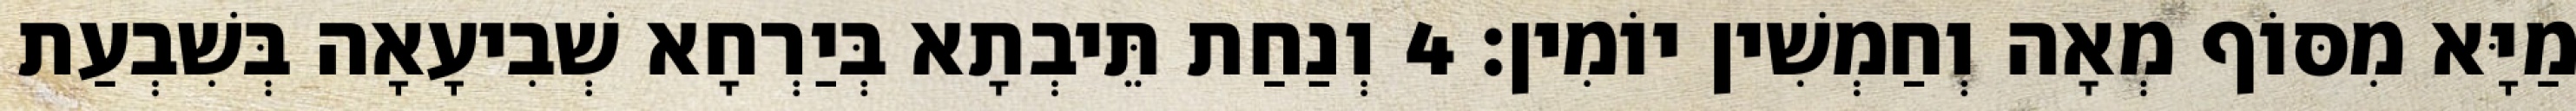
מַיָּא מִסּוֹף מְאָה וְחַמְשִׁין יוֹמִין׃ 4 וְנַחַת תֵּיבְתָא בְּיַרְחָא שְׁבִיעָאָה בְּשִׁבְעַת